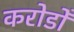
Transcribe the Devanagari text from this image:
करोडोँ